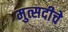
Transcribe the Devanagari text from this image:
मुत्सदीचे